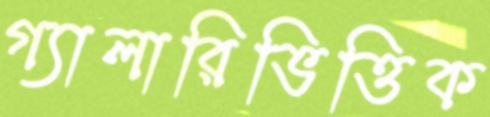
গ্যালারিভিত্তিক